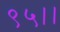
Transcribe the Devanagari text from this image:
९५।।